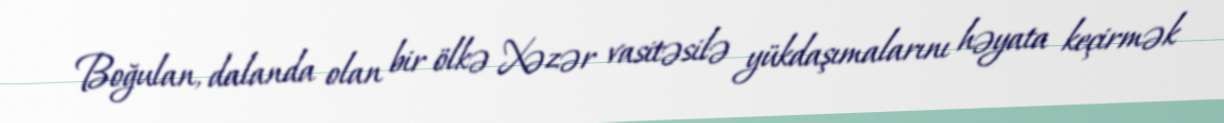
Boğulan, dalanda olan bir ölkə Xəzər vasitəsilə yükdaşımalarını həyata keçirmək